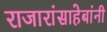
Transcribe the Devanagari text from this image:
राजारांसाहेबांनी